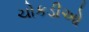
ચોકડીઓ